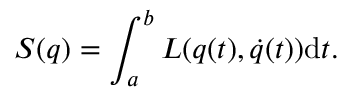
S ( q ) = \int _ { a } ^ { b } L ( q ( t ) , \dot { q } ( t ) ) \mathrm { d } t .